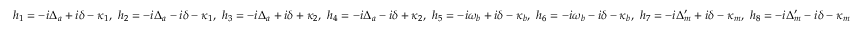
h _ { 1 } = - i \Delta _ { a } + i \delta - \kappa _ { 1 } , ~ h _ { 2 } = - i \Delta _ { a } - i \delta - \kappa _ { 1 } , ~ h _ { 3 } = - i \Delta _ { a } + i \delta + \kappa _ { 2 } , ~ h _ { 4 } = - i \Delta _ { a } - i \delta + \kappa _ { 2 } , ~ h _ { 5 } = - i \omega _ { b } + i \delta - \kappa _ { b } , ~ h _ { 6 } = - i \omega _ { b } - i \delta - \kappa _ { b } , ~ h _ { 7 } = - i \Delta _ { m } ^ { \prime } + i \delta - \kappa _ { m } , ~ h _ { 8 } = - i \Delta _ { m } ^ { \prime } - i \delta - \kappa _ { m }